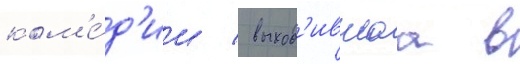
ком'е́д'ии / выход'ившаа в